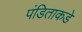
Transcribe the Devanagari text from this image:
पंडिताकडे